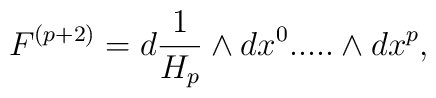
F^{(p+2)}=d{1\over H_p}\wedge dx^0.....\wedge dx^p,